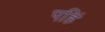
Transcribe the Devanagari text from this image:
पहिं